Report on the bubonic plague in Bombay, 1896-1897
Year: 1896
Disease focus: Plague
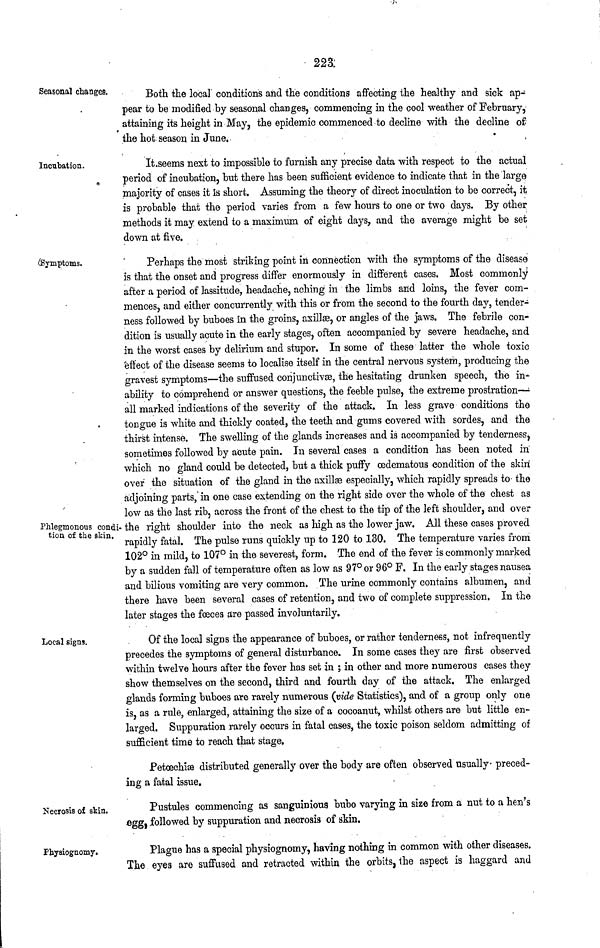
223:
Seasonal changes.
Both the local conditions and the conditions affecting the healthy and sick ap-
pear to be modified by seasonal changes, commencing in the cool weather of February,
attaining its height in May, the epidemic commenced to decline with the decline of
the hot season in June.
Incubation.
It .seems next to impossible to furnish any precise data with respect to the actual
period of incubation, but there has been sufficient evidence to indicate that in the large
majority of cases it is short. Assuming the theory of direct inoculation to be correct, it
is probable that the period varies from a few hours to one or two days. By other
methods it may extend to a maximum of eight days, and the average might be set
down at five.
Symptoms.
Phlegmonous condi-
tion of the skin.
Perhaps the most striking point in connection with the symptoms of the disease
is that the onset and progress differ enormously in different cases. Most commonly
after a period of lassitude, headache, aching in the limbs and loins, the fever com-
mences, and either concurrently with this or from the second to the fourth day, tender-
ness followed by buboes in the groins, axillæ, or angles of the jaws. The febrile con-
dition is usually acute in the early stages, often accompanied by severe headache, and
in the worst cases by delirium and stupor. In some of these latter the whole toxic
effect of the disease seems to localise itself in the central nervous system, producing the
gravest symptoms—the suffused conjunctivæ, the hesitating drunken speech, the in
ability to comprehend or answer questions, the feeble pulse, the extreme prostration—·
all marked indications of the severity of the attack. In less grave conditions the
tongue is white and thickly coated, the teeth and gums covered with sordes, and the
thirst intense. The swelling of the glands increases and is accompanied by tenderness,
sometimes followed by acute pain. In several cases a condition has been noted in
which no gland could be detected, but a thick puffy ædematous condition of the skin
over the situation of the gland in the axillae especially, which rapidly spreads to the
adjoining parts, in one case extending on the right side over the whole of the chest as
low as the last rib, across the front of the chest to the tip of the left shoulder, and over
the right shoulder into the neck as high as the lower jaw. All these cases proved
rapidly fatal. The pulse runs quickly up to 120 to 130. The temperature varies from
102° in mild, to 107° in the severest, form. The end of the fever is commonly marked
by a sudden fall of temperature often as low as 97° or 96° F. In the early stages nausea
and bilious vomiting are very common. The urine commonly contains albumen, and
there have been several cases of retention, and two of complete suppression, In the
later stages the fœces are passed involuntarily.
Local signs.
Of the local signs the appearance of buboes, or rather tenderness, not infrequently
precedes the symptoms of general disturbance. In some cases they are first observed
within twelve hours after the fever has set in ; in other and more numerous cases they
show themselves on the second, third and fourth day of the attack. The enlarged
glands forming buboes are rarely numerous (vide Statistics), and of a group only one
is, as a rule, enlarged, attaining the size of a cocoanut, whilst others are but little en-
larged. Suppuration rarely occurs in fatal cases, the toxic poison seldom admitting of
sufficient time to reach that stage.
Petœchiæ distributed generally over the body are often observed usually preced-
ing a fatal issue.
Necrosis of skin.
Pustules commencing as sanguinious bubo varying in size from a nut to a hen's
egg, followed by suppuration and necrosis of skin.
Physiognomy.
Plague has a special physiognomy, having nothing in common with other diseases.
The eyes are suffused and retracted within the orbits, the aspect is haggard and